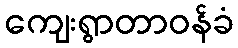
ကျေးရွာတာဝန်ခံ